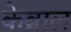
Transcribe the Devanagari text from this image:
केब्राल